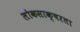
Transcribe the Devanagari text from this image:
लोकसाक्षरता